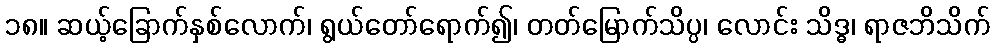
၁၈။ ဆယ့်ခြောက်နှစ်လောက်၊ ရွယ်တော်ရောက်၍၊ တတ်မြောက်သိပ္ပ၊ လောင်း သိဒ္ဓ၊ ရာဇဘိသိက်